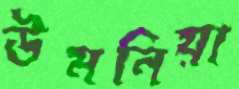
উমনিয়া